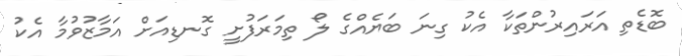
ބޮޑެތި އަރައިރުންތަކާ އެކު ގިނަ ބަޔެއްގެ ލޯ ތިމަރަފުށީ ގޮނޑިއަށް އަމާޒުވުމާ އެކު